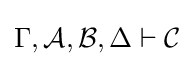
\Gamma ,{\mathcal {A}},{\mathcal {B}},\Delta \vdash {\mathcal {C}}